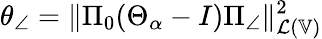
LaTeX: \theta_{\angle}=\| \Pi_{0}(\Theta_{\alpha}-I)\Pi_{\angle}\| _{\mathcal{L}(\mathbb{V})}^{2}